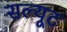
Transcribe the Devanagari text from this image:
सल्यूट